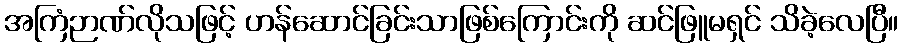
အကြံဉာဏ်လိုသဖြင့် ဟန်ဆောင်ခြင်းသာဖြစ်ကြောင်းကို ဆင်ဖြူမရှင် သိခဲ့လေပြီ။